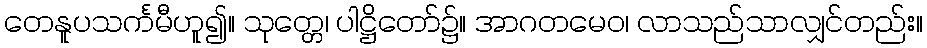
တေနူပသင်္ကမီဟူ၍။ သုတ္တေ၊ ပါဋ္ဌိတော်၌။ အာဂတမေဝ၊ လာသည်သာလျှင်တည်း။